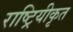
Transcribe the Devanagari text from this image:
राष्ट्रियीकृत